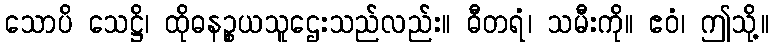
သောပိ သေဋ္ဌိ၊ ထိုဓနဉ္စယသူဌေးသည်လည်း။ ဓီတရံ၊ သမီးကို။ ဧဝံ၊ ဤသို့။